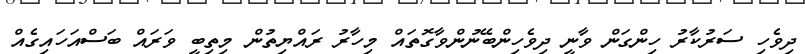
ދިވެހި ސަރުކާރު ހިންގަން ވާނީ ދިވެހިންބޭނުންވާގޮތައް މިހާރު ރައްޔިތުން މިތިބީ ވަރައް ބަސްއަހައިގެއް